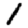
Digit: 1